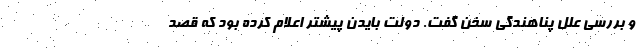
و بررسی علل پناهندگی سخن گفت. دولت بایدن پیشتر اعلام کرده بود که قصد